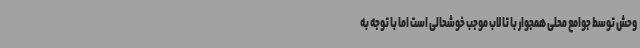
وحش توسط جوامع محلی همجوار با تالاب موجب خوشحالی است اما با توجه به